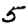
Digit: 5